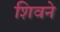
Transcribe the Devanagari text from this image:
शिवने